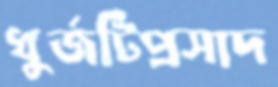
ধুর্জটিপ্রসাদ